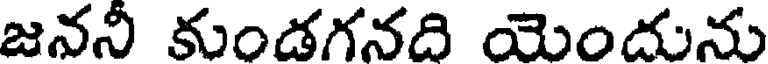
జననీ కుండగనది యెందును